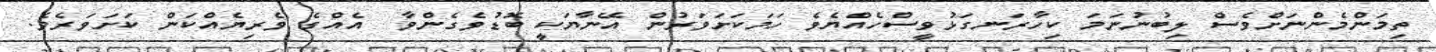
ތިމަންމެންނަށްވެސް ލިބުނުނަމަ ކިހާރަނގަޅުވީސްހެއްޔެވެ ހަމަކަށަވަރުން އޭނާޔަކީ ބޮޑުވެގެންވާ  އެއްގެ ވެރިޔެއްކަން ކަށަވަރެވެ.